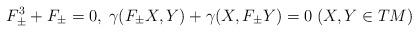
LaTeX: \begin{align*} F_\pm^3+F_\pm=0,\;\gamma(F_\pm X,Y)+\gamma(X,F_\pm Y)=0\;(X,Y\in TM)\end{align*}